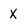
Character: x